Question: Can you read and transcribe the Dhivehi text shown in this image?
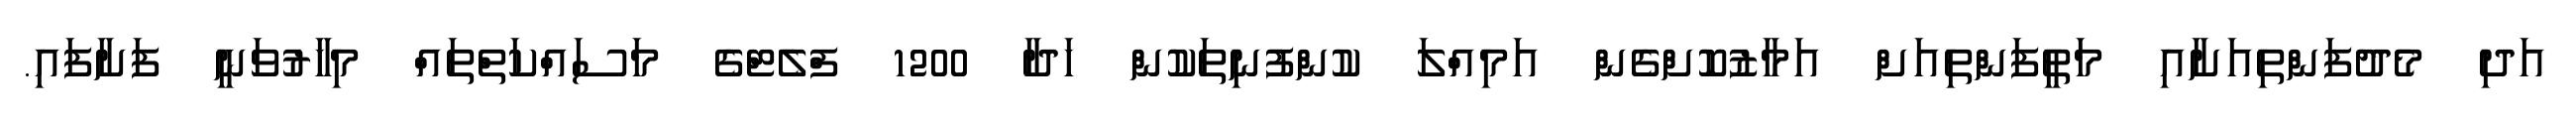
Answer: އަދި މެދުފަންތިއަށާއި މަތީފަންތިއަށް އަމާޒުކޮށްގެން އަމިއްލަ ކުންފުނިތަކުން ހަދާ 1200 ފްލެޓްގެ މަސައްކަތްތައް މިހާރުވަނީ ފަށާފައި.